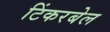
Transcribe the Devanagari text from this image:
टिंकरबेल